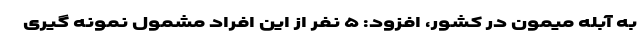
به آبله میمون در کشور، افزود: ۵ نفر از این افراد مشمول نمونه گیری